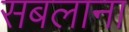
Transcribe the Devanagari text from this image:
सबलाना